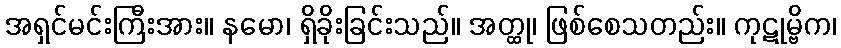
အရှင်မင်းကြီးအား။ နမော၊ ရှိခိုးခြင်းသည်။ အတ္ထု၊ ဖြစ်စေသတည်း။ ကုဋုမ္ဗိက၊